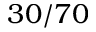
3 0 / 7 0